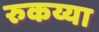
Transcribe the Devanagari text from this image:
रुकय्या